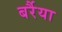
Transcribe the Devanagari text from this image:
बर्रैया